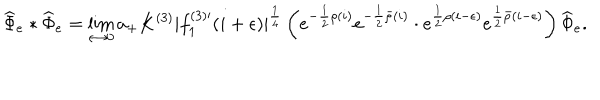
\widehat { \Phi } _ { e } * \widehat { \Phi } _ { e } = \lim _ { \epsilon \to 0 } a _ { + } K ^ { ( 3 ) } | f _ { 1 } ^ { ( 3 ) \prime } ( i + \epsilon ) | ^ { \frac { 1 } { 4 } } \left( e ^ { - \frac { 1 } { 2 } \rho ( i ) } e ^ { - \frac { 1 } { 2 } \bar { \rho } ( i ) } \cdot e ^ { \frac { 1 } { 2 } \rho ( i - \epsilon ) } e ^ { \frac { 1 } { 2 } \bar { \rho } ( i - \epsilon ) } \right) \widehat { \Phi } _ { e } .